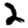
Digit: 2